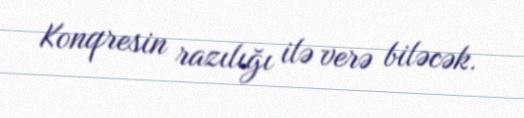
Konqresin razılığı ilə verə biləcək.